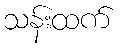
သန်းထက်